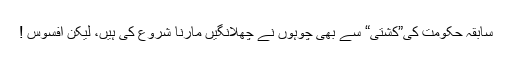
سابقہ حکومت کی”کشتی“ سے بھی چوہوں نے چھلانگیں مارنا شروع کی ہیں، لیکن افسوس !